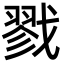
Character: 戮